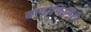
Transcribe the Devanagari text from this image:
बायोफिनिटी